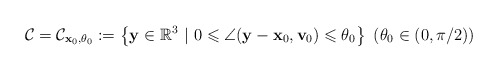
\begin{align*} {\mathcal C}={\mathcal C}_{\mathbf{x}_0,\theta_0}:= \left\{\mathbf{y} \in \mathbb R^3 ~|~0\leqslant \angle(\mathbf y-\mathbf{x}_0,\mathbf{v}_0)\leqslant \theta_0\right \}\ (\theta_0 \in(0,\pi/2)) \end{align*}